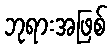
ဘုရားအဖြစ်